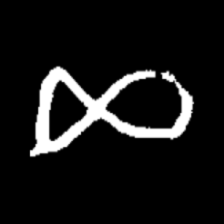
Pyu character \u2014 Myanmar letter: ဆ (romanized: cha)